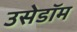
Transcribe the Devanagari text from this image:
उसेडॉम